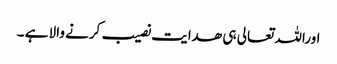
اوراللہ تعالی ہی ھدایت نصیب کرنے والا ہے ۔